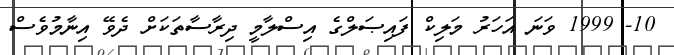
10- 1999 ވަނަ އަހަރު މަލިކް ފައިޞަލްގެ އިސްލާމީ ދިރާސާތަކަށް ދެވޭ އިނާމުވެސް